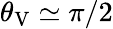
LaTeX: \theta_{\mathrm{V}}\simeq\pi/2